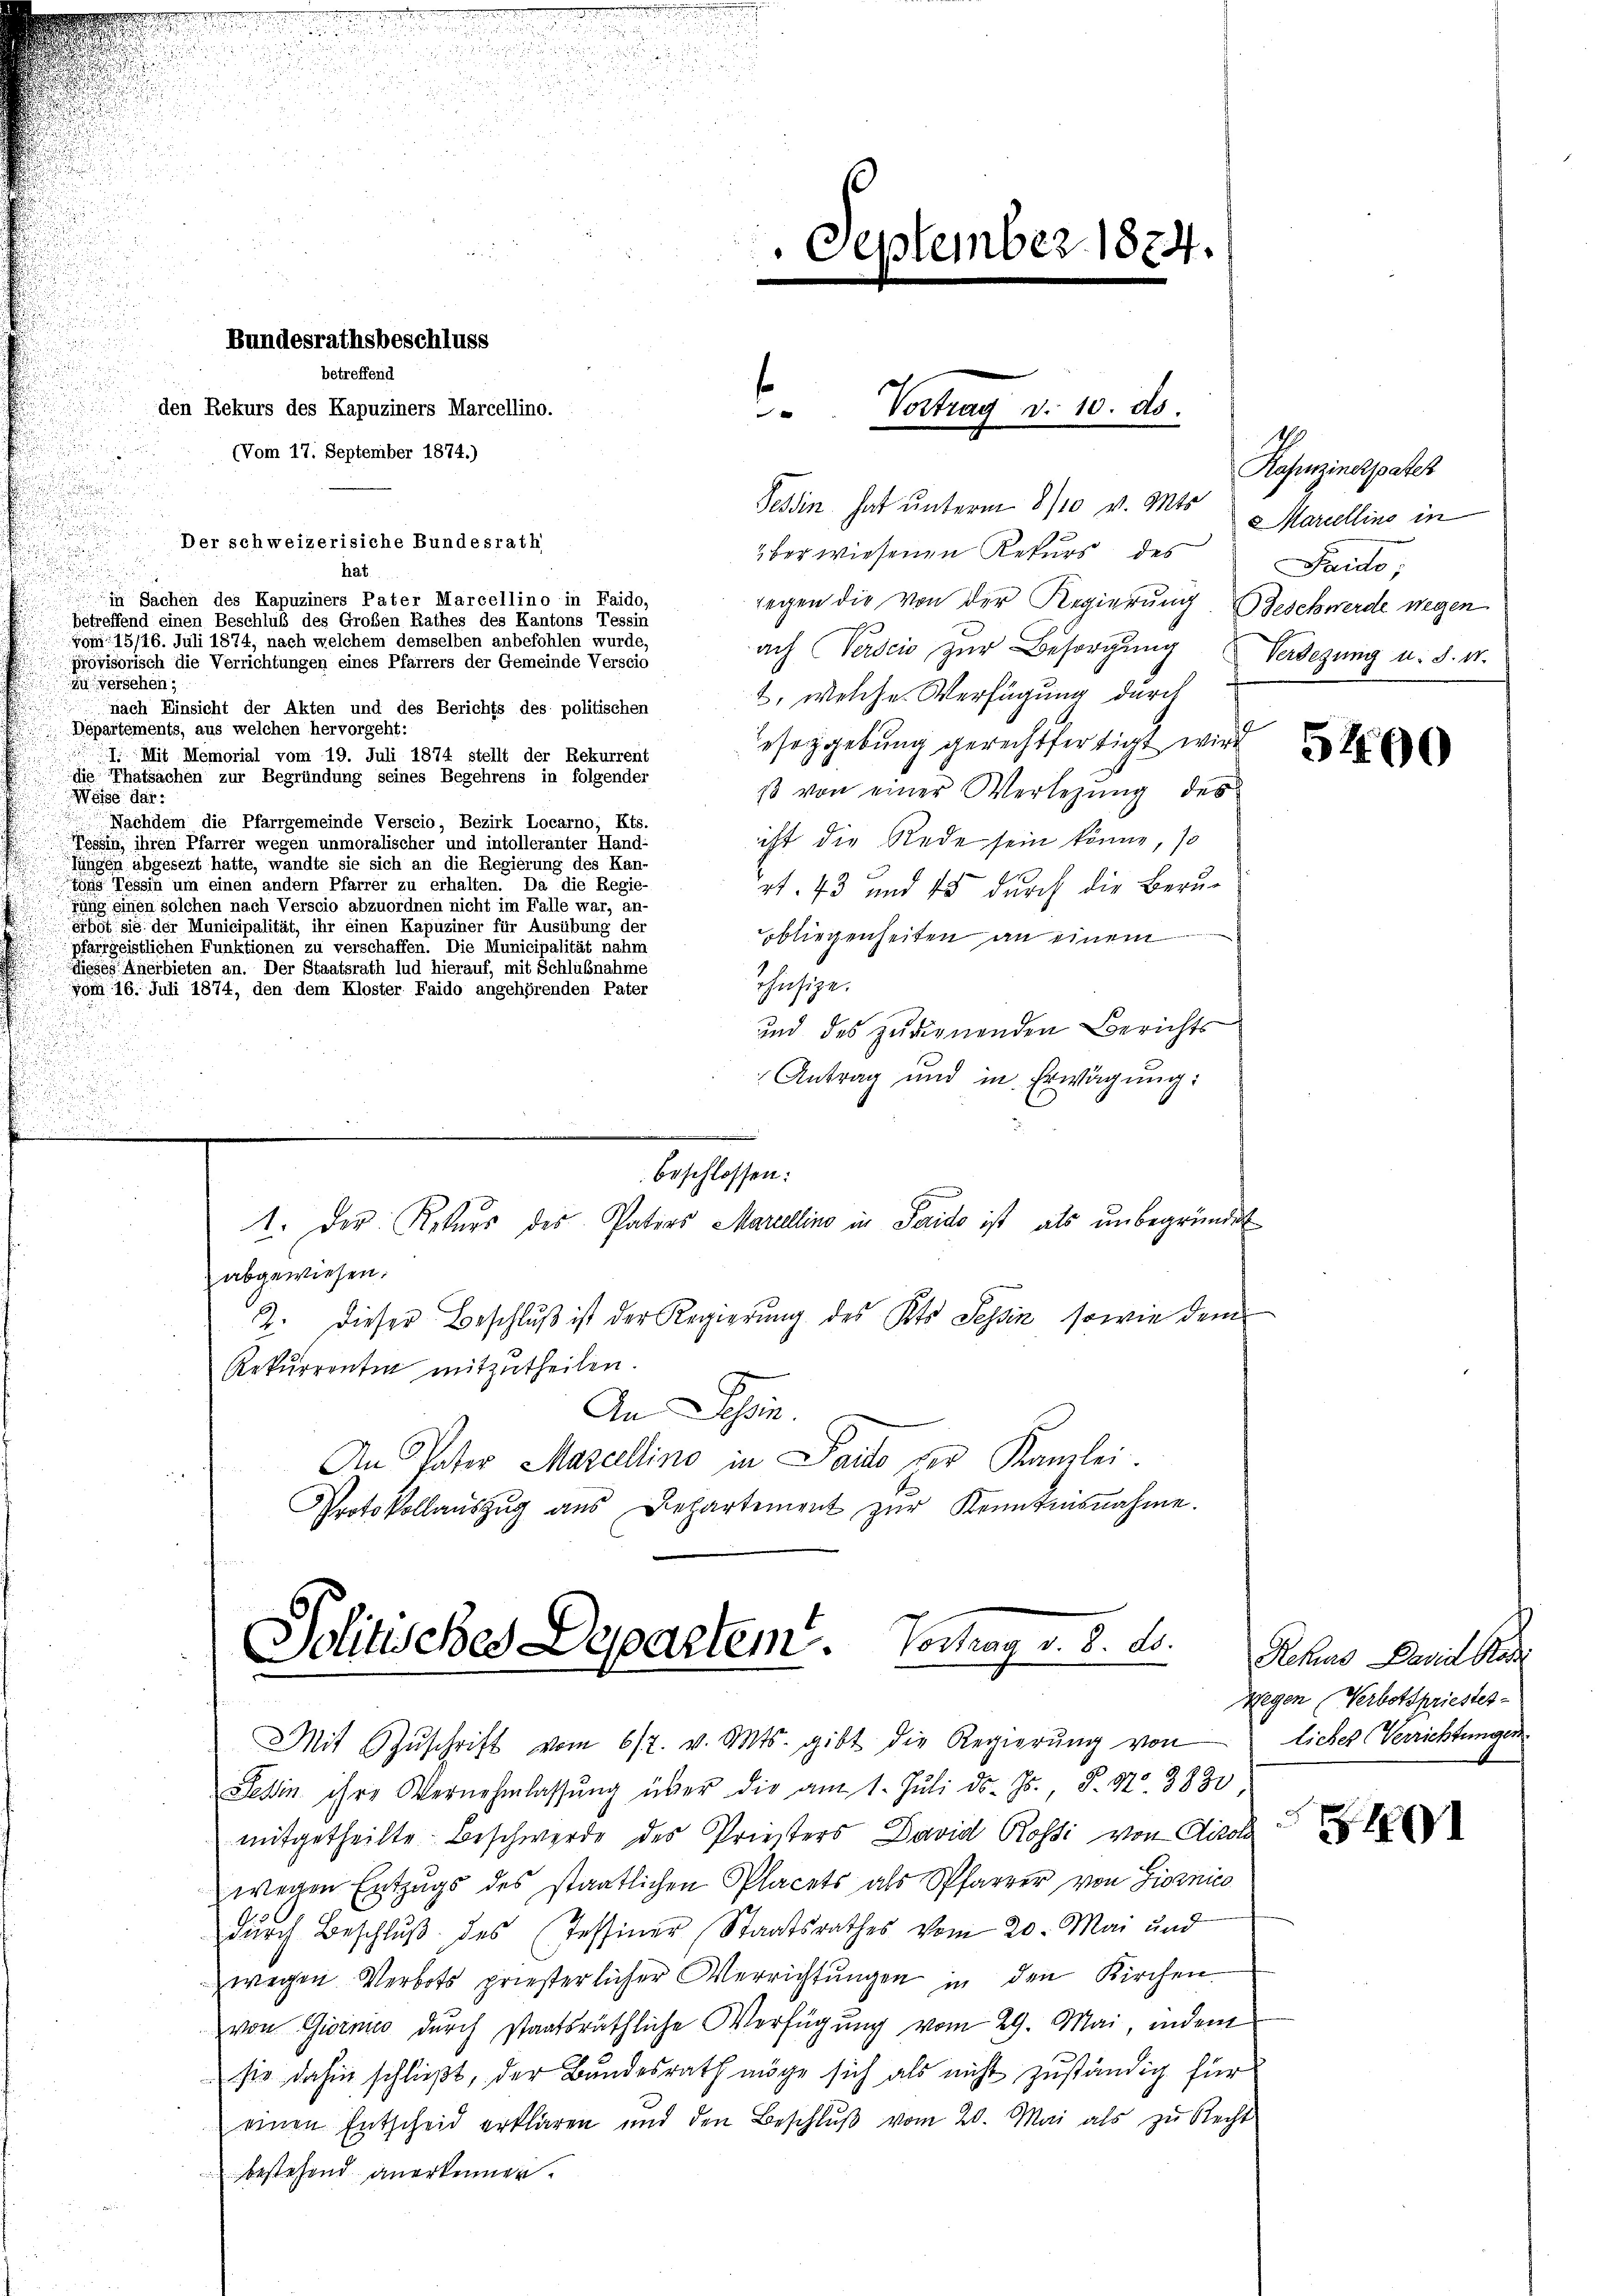
Tessin hat unterm 8/10 v. Mts. Mariellins in
Der schweizerisiche Bundesrath
berwiesenen Rekurs des
hat.
in Sachen des Kapuziners Pater Marcellino in Faido,
gegen die von der Regierung, Geschwerde wegen
betreffend einen Beschluß des Großen Rathes des Kantons Tessin
. 15146. Juli 1874, nach welchem demselben anbefohlen wurde,
ach Verscio zur Besorgung Verlegung u. s. w.
Provisorisch die Verrichtungen eines Pfarrers der Gemeinde Verscio
zu versehen;
2., welche Verfügung durch
nach Einsicht der Akten und des Berichts des politischen
Départements, aus welchen hervorgeht:
eseggebung gerechtfertigt wird
I. Mit Memorial vom 19. Juli 1874 stellt der Rekurrent
die Thatsachen zur Begründung seines Begehrens in folgender
ß von einer Verlegung des
Weise dar:
Nachdem die Pfarrgemeinde Verscio, Bezirk Locarno, Kts.
ist die Rede sein könne, so
Fossin ihren Pfarrer wegen unmoralischer und intolleranter Hand-
lungen abgesezt hätte, wandte sie sich an die Regierung des Kan-
tons Tessin um einen andern Pfarrer zu erhalten. Da die Regie-
rt. 43 und 15 durch die Berurung einen solchen nach Verscio abzuordnen nicht im Falle war, an-
erbot sie der Municipalität, ihr einen Kapuziner für Ausübung der
obliegenheiten an einem
pfarrgeistlichen Funktionen zu verschaffen. Die Municipalität nahm
dieses Anerbieten an. Der Staatsrath lud hierauf, mit Schlußnahme
chuesize.
vom 16. Juli 1874, den dem Kloster Faido angehörenden Pater
und des zudienenden Berichts
Antrag und in Erwägung:
beschlossen:
1. Der Rekurs des Paters Marellino in Serido ist, als unbegründet
abgewiesen.
2. Dieser Beschluß ist der Regierung des Kts. Tessin, sowie dem
Rekurrentin mitzutheilen.
An Schein.
An Vater Marcellino in Pacto der Kanzlei-
Protokollaŭszŭg aŭs Departement zŭr Kenntnisnahme.

Bundesrathsbeschluss
betreffend
den Rekurs des Kapuziners Marcellino.
(Vom 17. September 1874.)

September 1874.

Vertrag d. 10. ds.

Politisches Departem. Vortrag v. 8. ds.

Mit Zŭschrift vom 617. v. Mts. gibt die Regierŭng von Liches Verrichtungen.
Tessin ihre Vernehmlassŭng über die am 1. Jŭli d. Js., P. Nr. 2830
mitgetheilte Beschwerde des Priesters David Rossi von Airol

wegen Entzŭgs des staatlichen Placets als Pfarrer von Giornico
dŭrch Beschlŭβ des (Tessiner Staatsrathes vom 20. Mai und
wegen Verbots priesterlicher Verrichtungen in den Kirchen
von Giornico durch staatsräthliche Verfügŭng vom 29. Mai, indem
sie dahin schließt, der Bundesrath möge sich als nicht zuständig für
einen Entscheid erklären und den Beschlŭβ vom 20. Mai als zŭ Recht
bestehend anerkennen.

Rasenzindspater
Faido;

5490

Rehius David Badi
Wegen Verbotspriester-

¬